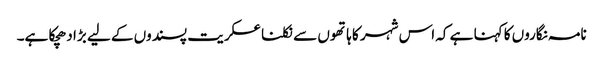
نامہ نگاروں کا کہنا ہے کہ اس شہر کا ہاتھوں سے نکلنا عسکریت پسندوں کے لیے بڑا دھچکا ہے۔